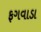
ફગવાડા